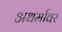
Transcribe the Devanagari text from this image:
अधर्मावर